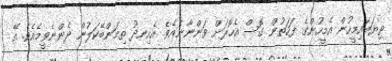
ތިޔަބައިމީހުން އެމީހުންގެ ފަހަތުން ގޮސް އެހޮރަށް ވަންނާނެއެވެ. އެހިނދު ތިމަންބޭކަލުން ދެންނެވީމެއެވެ. އޭ